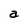
Character: a